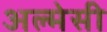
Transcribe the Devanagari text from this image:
अल्मेसी